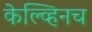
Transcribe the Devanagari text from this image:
केल्व्हिनच